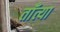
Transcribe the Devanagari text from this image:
ताँत्या